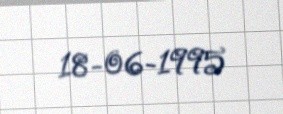
18-06-1995